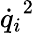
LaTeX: {{\dot{q}}_{i}}^{2}